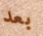
بعد